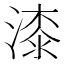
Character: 漆